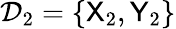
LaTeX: \mathcal{D}_{2}=\{ {\sf X}_{2},{\sf Y}_{2}\}